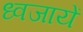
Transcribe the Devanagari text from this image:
ध्वजायें